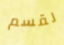
لقسم